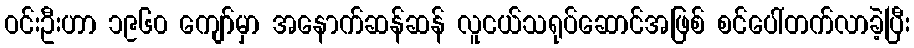
ဝင်းဦးဟာ ၁၉၆၀ ကျော်မှာ အနောက်ဆန်ဆန် လူငယ်သရုပ်ဆောင်အဖြစ် စင်ပေါ်တက်လာခဲ့ပြီး